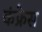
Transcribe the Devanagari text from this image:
कंफ्रेस